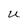
Character: u